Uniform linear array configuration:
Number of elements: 12
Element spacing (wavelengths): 1
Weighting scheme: cosine
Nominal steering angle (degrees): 30
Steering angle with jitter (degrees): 30.077
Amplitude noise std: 0.05
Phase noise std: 0.05

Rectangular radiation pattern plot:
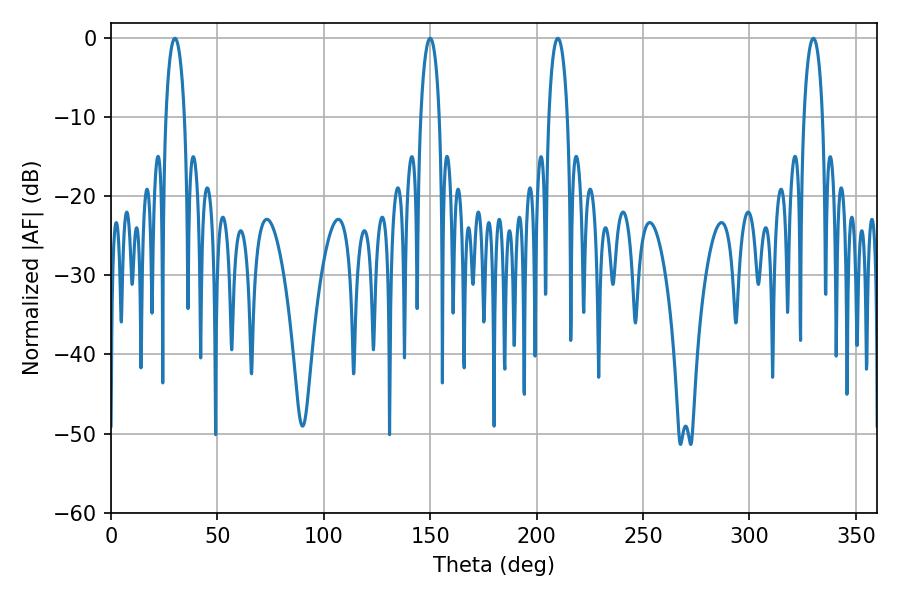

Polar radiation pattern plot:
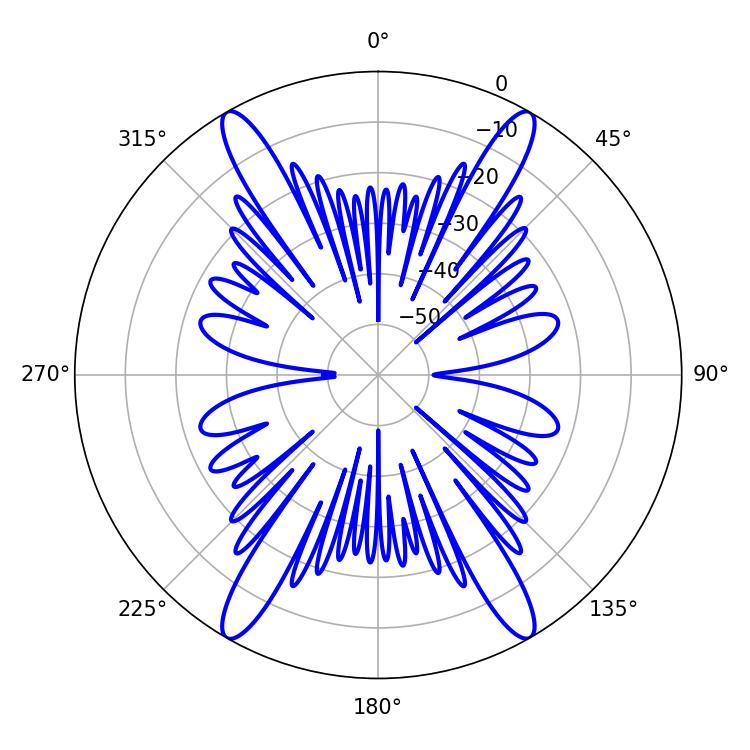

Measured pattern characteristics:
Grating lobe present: TRUE
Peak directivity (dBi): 42.412
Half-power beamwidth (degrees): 5.04
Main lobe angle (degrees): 30.06